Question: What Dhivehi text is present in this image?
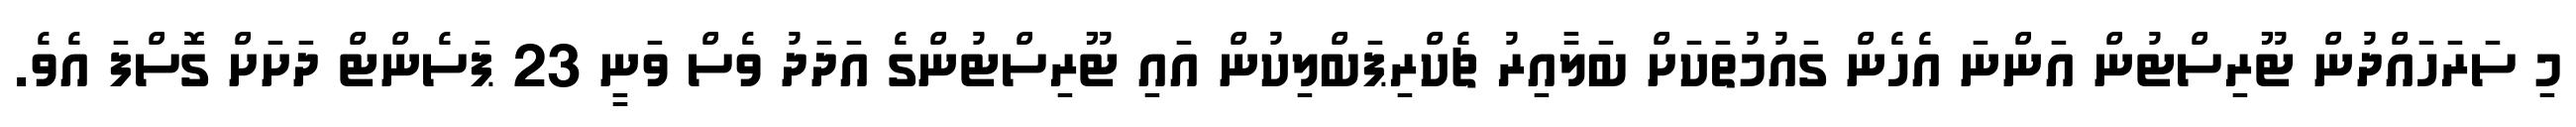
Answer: މި ސަރަހައްދުން ޓޫރިސްޓުން އަންނަ އެހެން ގައުމުތަކަށް ބަލާއިރު ޗެކްރިޕަބްލިކުން އައި ޓޫރިސްޓުންގެ އަދަދު ވެސް ވަނީ 23 ޕަސެންޓް ދަށަށް ގޮސްފަ އެވެ.